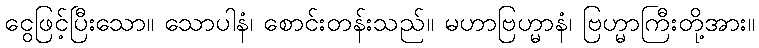
ငွေဖြင့်ပြီးသော။ သောပါနံ၊ စောင်းတန်းသည်။ မဟာဗြဟ္မာနံ၊ ဗြဟ္မာကြီးတို့အား။